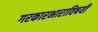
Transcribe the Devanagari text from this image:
गरकारभाराविषयी